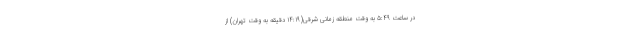
در ساعت ۵:۴۹ به وقت منطقه زمانی شرقی(۱۴:۱۹ دقیقه به وقت تهران) از